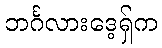
ဘင်္ဂလားဒေ့ရှ်က